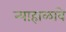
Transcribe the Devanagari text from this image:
न्याहाळावे